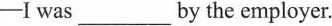
-I was___by the employer.